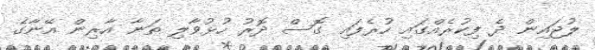
ލުޖައިން ދެ ފިކުރެއްގައި ހުރެފައި ގޮސް ދޮރު ހުޅުވާލި ތަނާ އާރިން އޭނާގެ